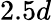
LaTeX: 2.5d